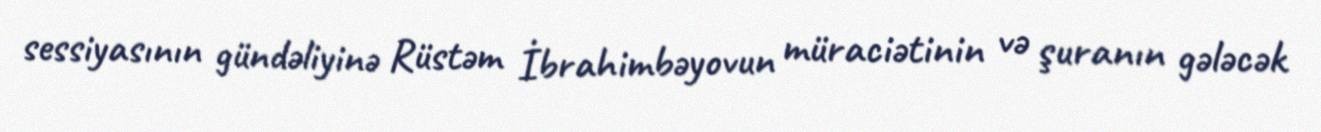
sessiyasının gündəliyinə Rüstəm İbrahimbəyovun müraciətinin və şuranın gələcək